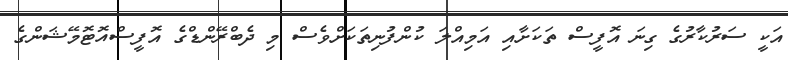
އަކީ ސަރުކާރުގެ ގިނަ އޮފީސް ތަކަށާއި އަމިއްލަ ކުންފުނިތަކަށްވެސް މި ދެބްރޭންޑްގެ އޮފީސްއޮޓޮމޭޝަންގެ